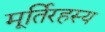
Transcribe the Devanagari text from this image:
मूर्तिरहस्य